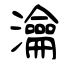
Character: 瀹